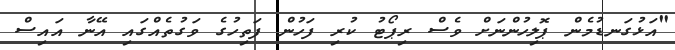
"އަޅުގަނޑުމެން ޕޮލިހުންނަށް ވެސް ރިޕޯޓު ކުރި ފަހުން ފަތިހުގެ ވަގުތެއްގައި އޭނާ އައިސް